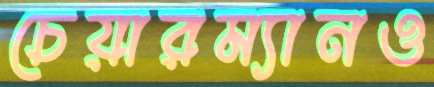
চেয়ারম্যানও